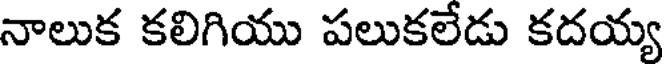
నాలుక కలిగియు పలుకలేడు కదయ్య